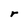
Character: r